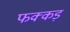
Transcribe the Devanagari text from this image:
फक्‍कड़